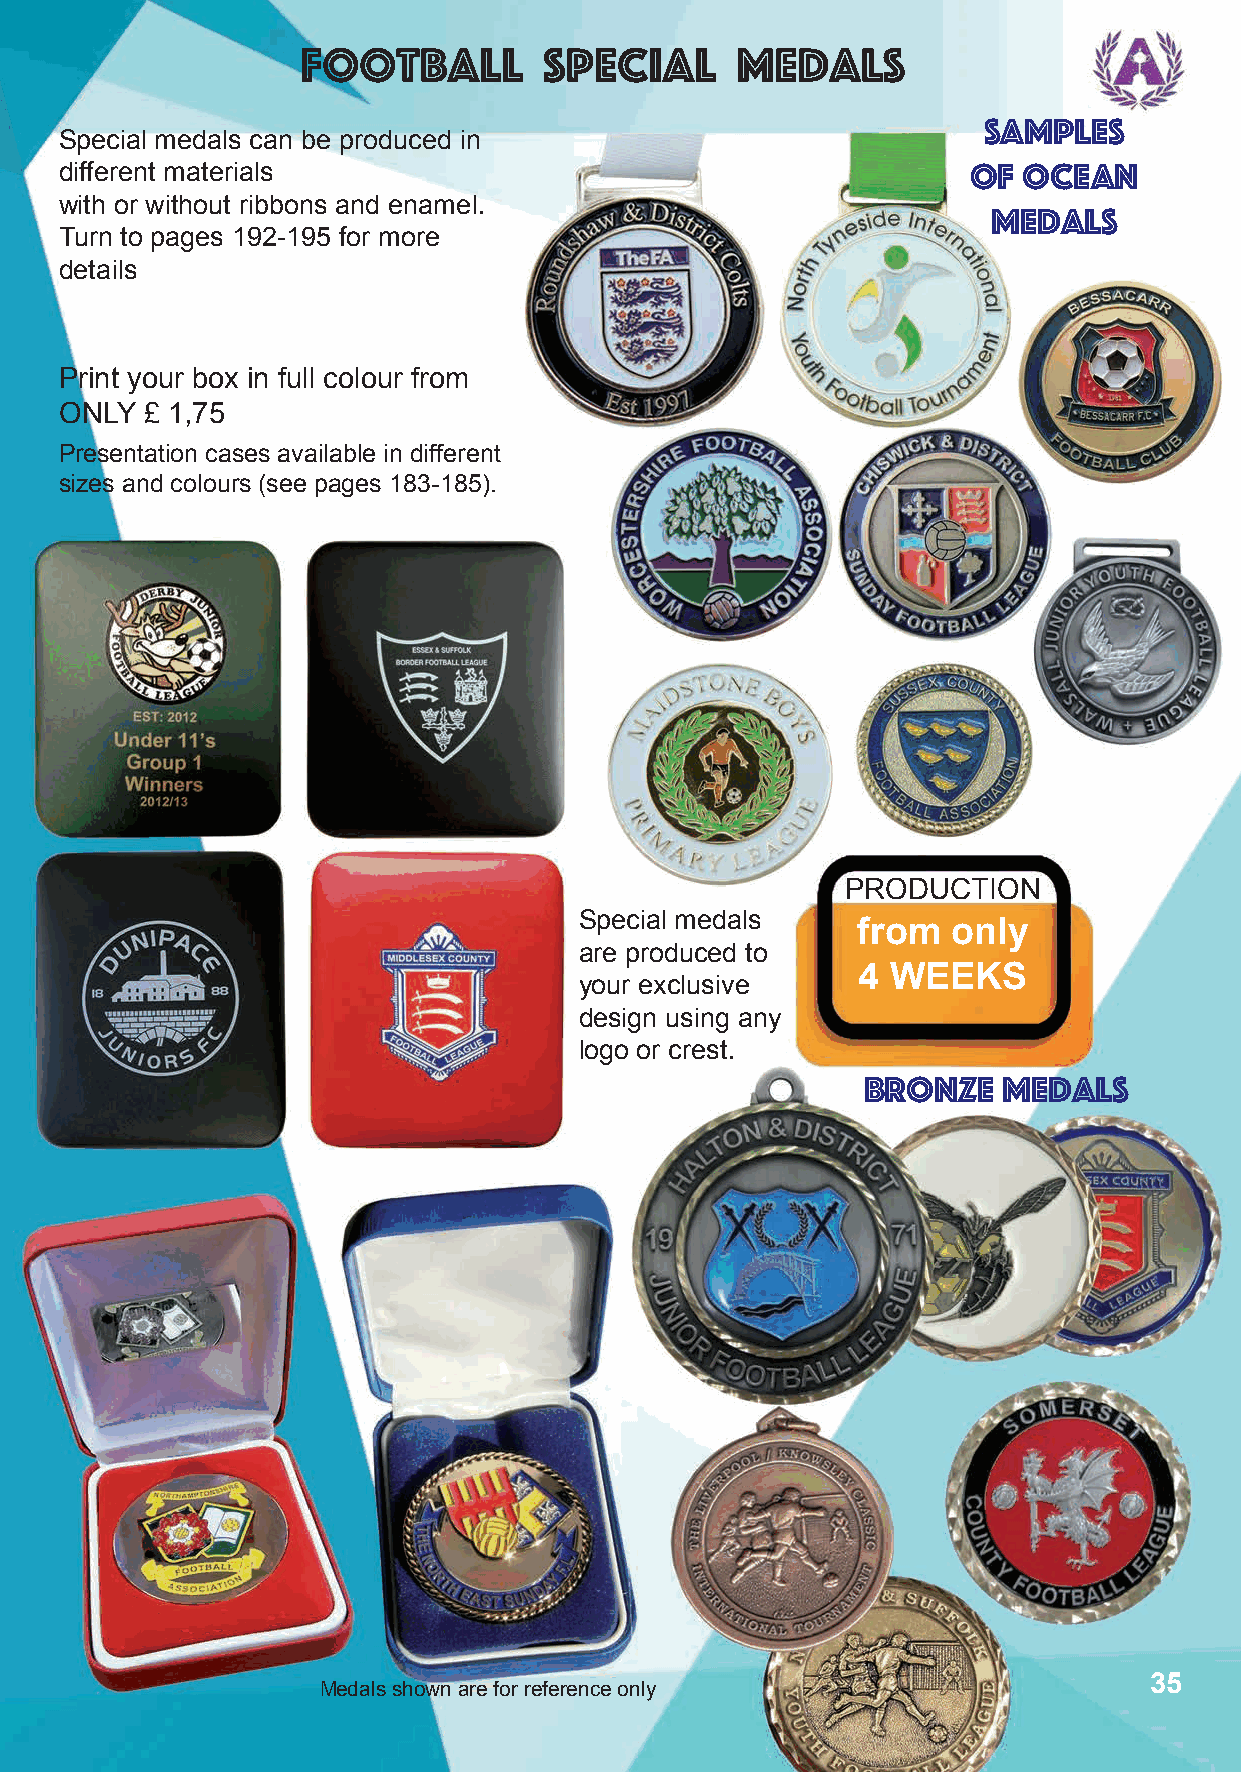
Football        special      medals
 Samples
 Special medals can be produced in
 different materials                                         of  Ocean
 with or without ribbons and enamel.
 medals
 Turn to pages 192-195 for more
 details
 Print your box in full colour from
 ONLY  £ 1,75
 Presentation cases available in different
 sizes and colours (see pages 183-185).
 PRODUCTION
 Special medals
 from  only
 are produced to
 4 WEEKS
 your exclusive
 design using any
 logo or crest.
 BROnZE   medals
 35
 Medals shown are for reference only